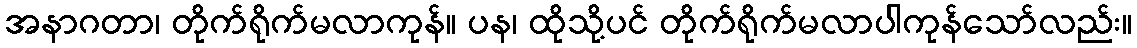
အနာဂတာ၊ တိုက်ရိုက်မလာကုန်။ ပန၊ ထိုသို့ပင် တိုက်ရိုက်မလာပါကုန်သော်လည်း။